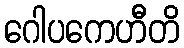
ဂေါပကေဟီတိ